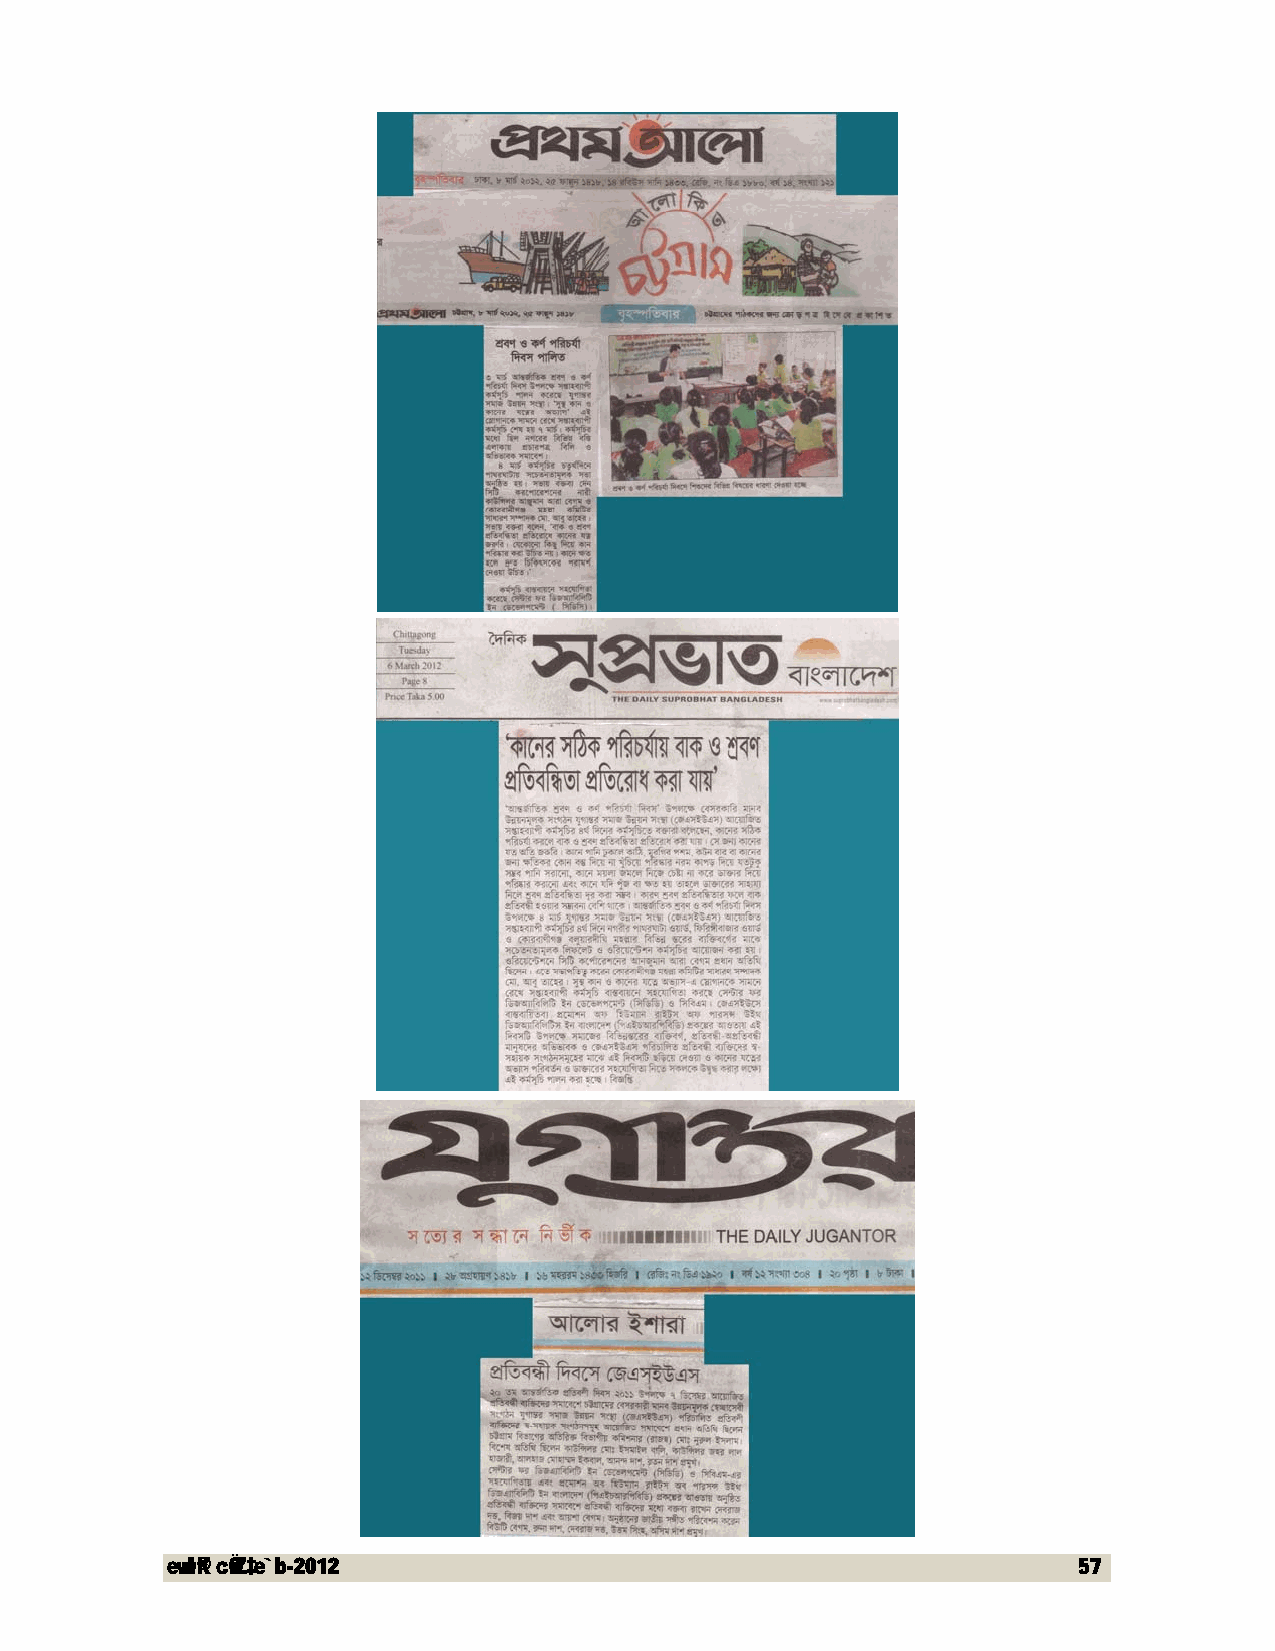
evwl©K cÖwZ‡e`b-2012                                        57